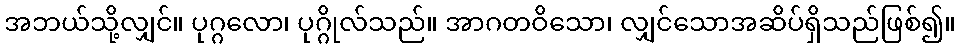
အဘယ်သို့လျှင်။ ပုဂ္ဂလော၊ ပုဂ္ဂိုလ်သည်။ အာဂတဝိသော၊ လျှင်သောအဆိပ်ရှိသည်ဖြစ်၍။